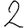
Digit: 2